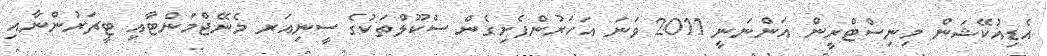
އެޑިއުކޭޝަން މިނިސްޓްރީން އަންނަނީ 2011 ވަނަ އަހަރުންފެށިގެން ސްކޫލްތަކުގެ ސީނިއަރ މެނޭޖްމަންޓާއި ޓީޗަރުންނާއި